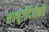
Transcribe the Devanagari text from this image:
सप्तश्रृंगीदेवीकडे